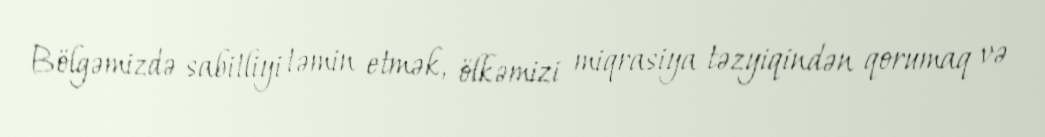
Bölgəmizdə sabitliyi təmin etmək, ölkəmizi miqrasiya təzyiqindən qorumaq və